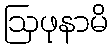
ဩဖုနာမိ